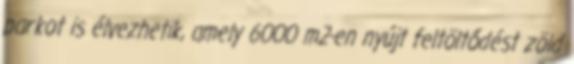
parkot is élvezhetik, amely 6000 m2-en nyújt feltöltődést zöld